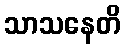
သာသနေတိ